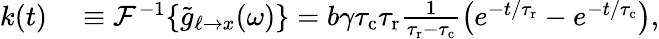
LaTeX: \begin{array}{rl}{k(t)}&{{}\equiv\mathcal{F}^{-1}\{ \tilde{g}_{\ell\to x}(\omega)\} =b\gamma{\tau_{\mathrm{c}}}{\tau_{\mathrm{r}}}\frac{1}{{\tau_{\mathrm{r}}}-{\tau_{\mathrm{c}}}}\left(e^{-t/{\tau_{\mathrm{r}}}}-e^{-t/{\tau_{\mathrm{c}}}}\right),}\end{array}